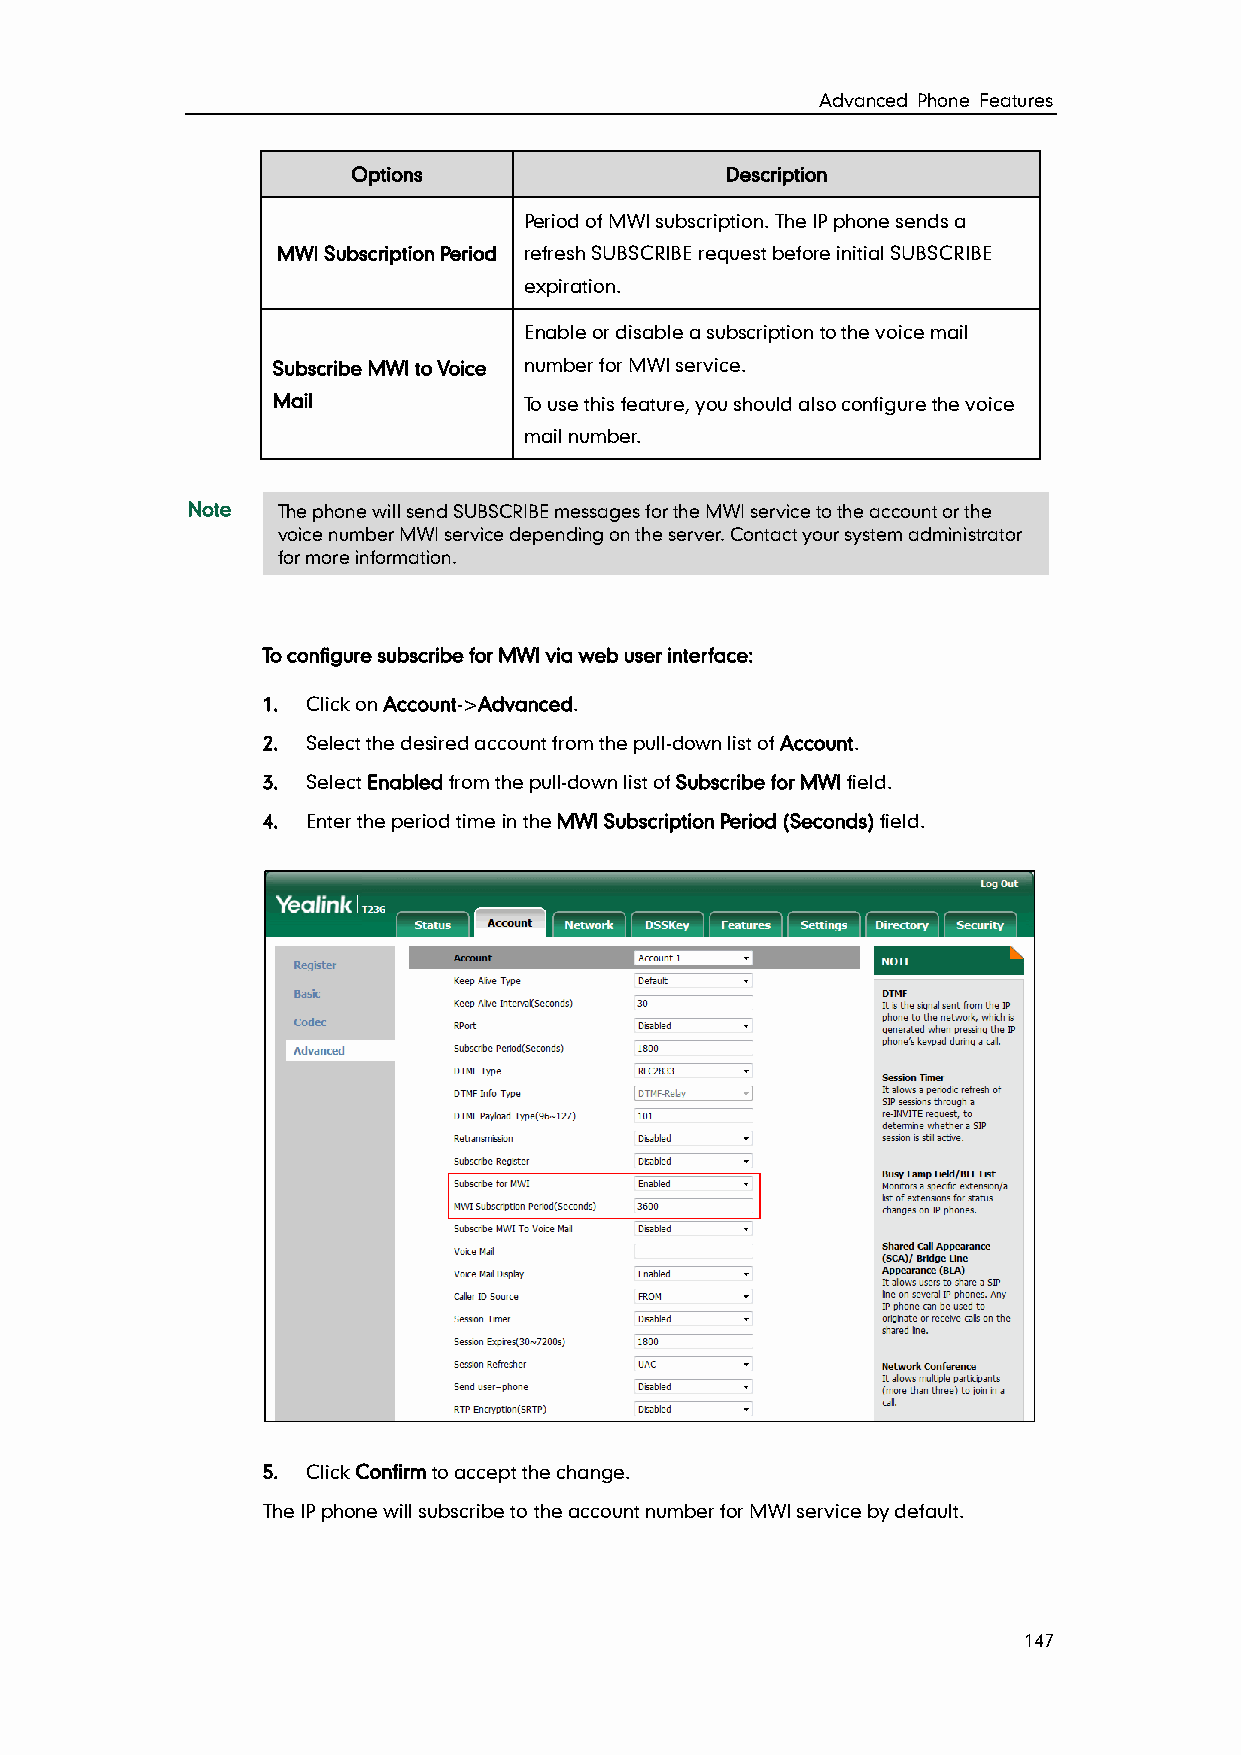
Advanced Phone Features
 Options                  Description
 Period of MWI subscription. The IP phone sends a
 MWI Subscription Period refresh SUBSCRIBE request before initial SUBSCRIBE
 expiration.
 Enable or disable a subscription to the voice mail
 Subscribe MWI to Voice number for MWI service.
 Mail             To use this feature, you should also configure the voice
 mail number.
 Note  The phone will send SUBSCRIBE messages for the MWI service to the account or the
 voice number MWI service depending on the server. Contact your system administrator
 for more information.
 To configure subscribe for MWI via web user interface:
 1. Click on Account->Advanced.
 2. Select the desired account from the pull-down list of Account.
 3. Select Enabled from the pull-down list of Subscribe for MWI field.
 4. Enter the period time in the MWI Subscription Period (Seconds) field.
 5. Click Confirm to accept the change.
 The IP phone will subscribe to the account number for MWI service by default.
 147